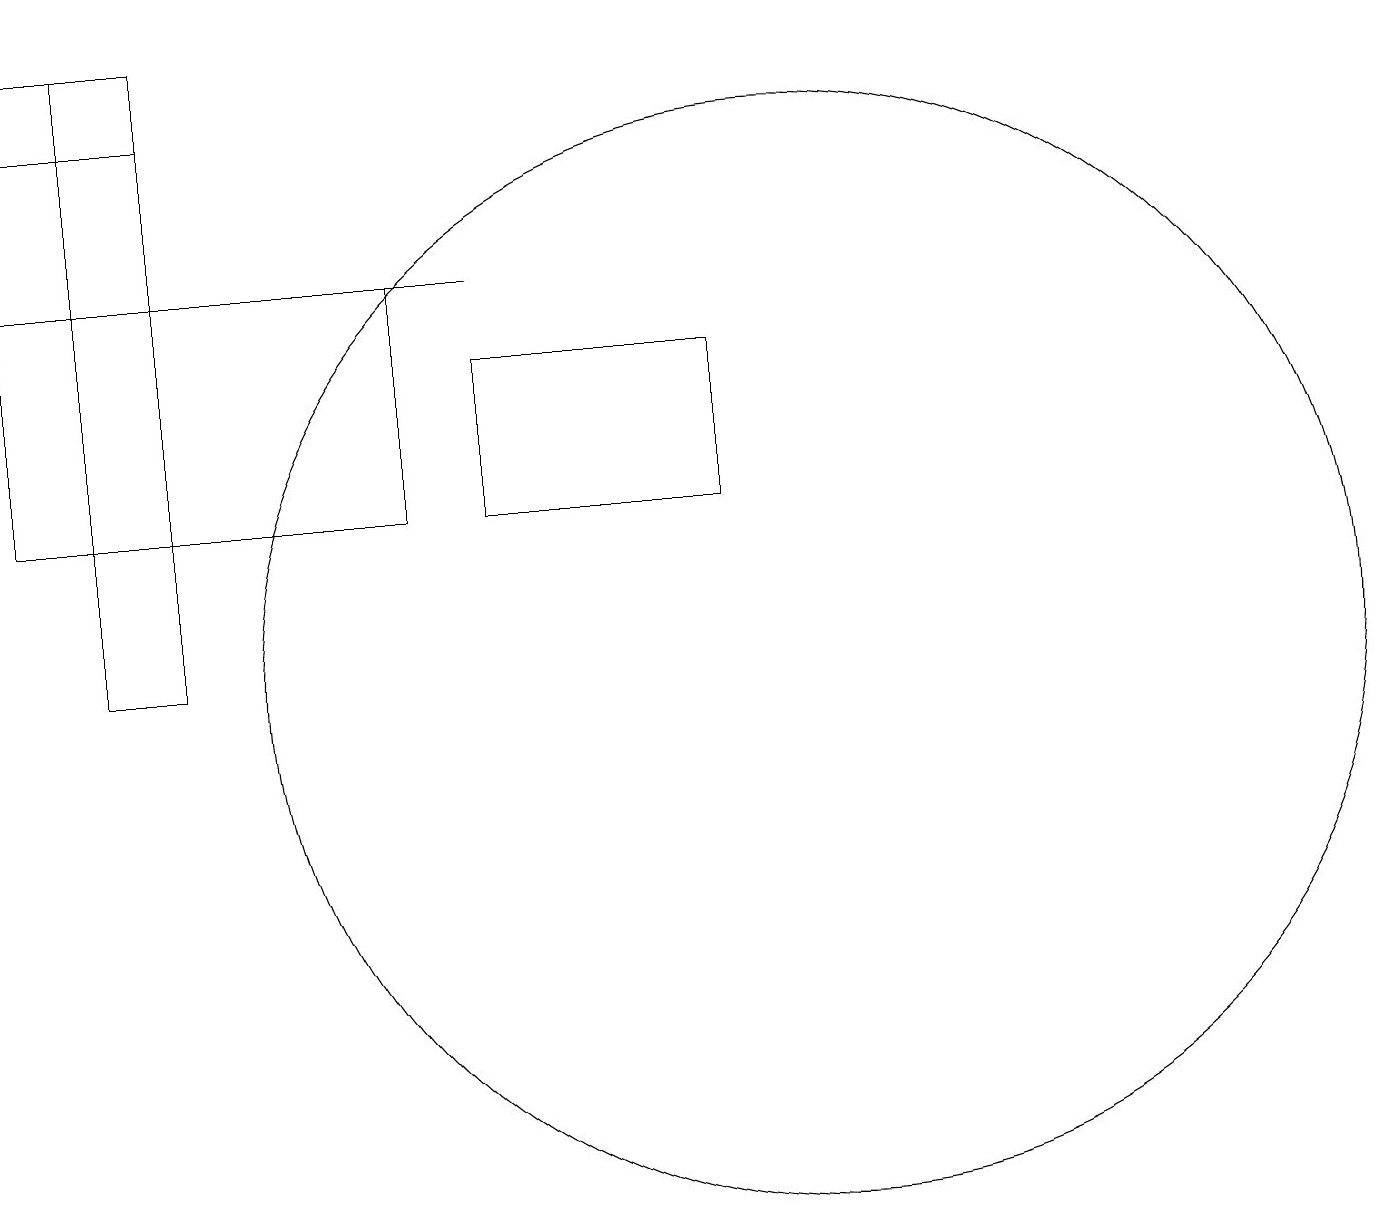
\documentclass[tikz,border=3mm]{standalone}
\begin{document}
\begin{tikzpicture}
\draw (1,18) rectangle (2,10);
\draw (5,15) rectangle (6,15);
\draw (9,14) rectangle (6,12);
\draw (0,15) rectangle (5,12);
\draw (0,18) rectangle (2,17);
\draw (10,10) circle (7);
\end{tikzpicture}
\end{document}